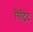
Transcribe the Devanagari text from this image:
रिट्रिट